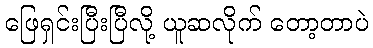
ဖြေရှင်းပြီးပြီလို့ ယူဆလိုက် တော့တာပဲ